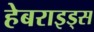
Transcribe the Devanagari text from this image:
हेबराइड्स